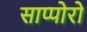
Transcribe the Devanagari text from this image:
साप्पोरो